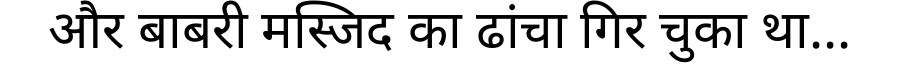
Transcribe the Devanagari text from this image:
और बाबरी मस्जिद का ढांचा गिर चुका था...